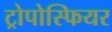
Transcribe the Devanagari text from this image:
ट्रोपोस्फियर